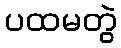
ပထမတွဲ